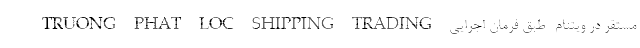
TRUONG PHAT LOC SHIPPING TRADING- مستقر در ویتنام- طبق فرمان اجرایی